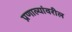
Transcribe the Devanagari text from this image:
प्रणाल्यांवरील